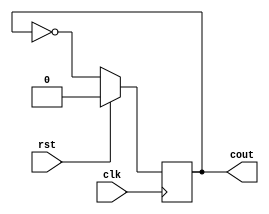
module freq_div_2(clk, rst, cout);
  input clk,rst;
  output reg cout;
  always@(posedge clk)
    begin
      if(rst)
        cout <= 1'b0;
      else
        cout <= ~cout;
    end
endmodule